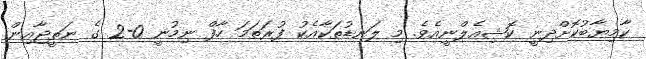
ކާމިޔާބުކޮށްދިނީ ކޮޝިއެލްނީއެވެ. މި ލަނޑުތަކާއެކު ފުރަތަމަ ހާފް ނިމުނީ 0-2 ގެ ނަތީޖާއިން